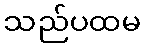
သည်ပထမ